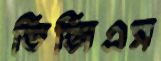
ডিজিএস